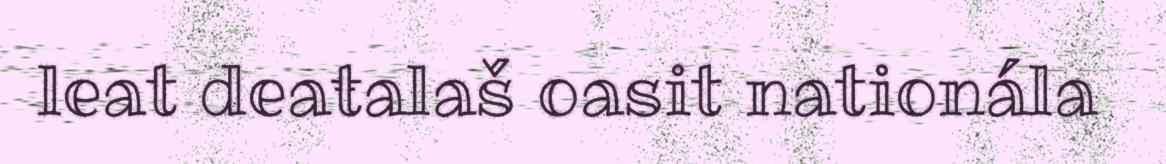
leat deaŧalaš oasit nationála